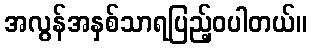
အလွန်အနှစ်သာရပြည့်ဝပါတယ်။